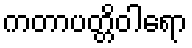
ကတာပတ္တိဝါရော